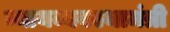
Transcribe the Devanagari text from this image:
न्यायव्यवस्थामंत्री